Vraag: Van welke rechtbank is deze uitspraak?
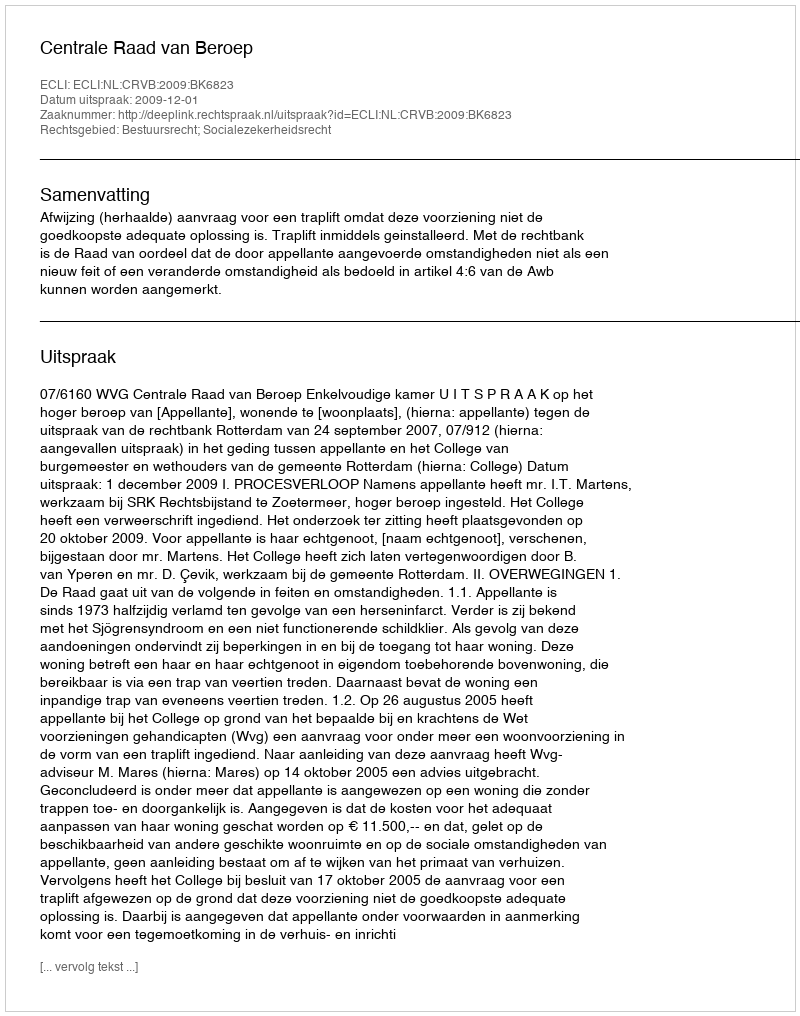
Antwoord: Centrale Raad van Beroep